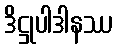
ဒိဋ္ဌုပါဒါနဿ